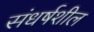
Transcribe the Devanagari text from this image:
संधर्षशील